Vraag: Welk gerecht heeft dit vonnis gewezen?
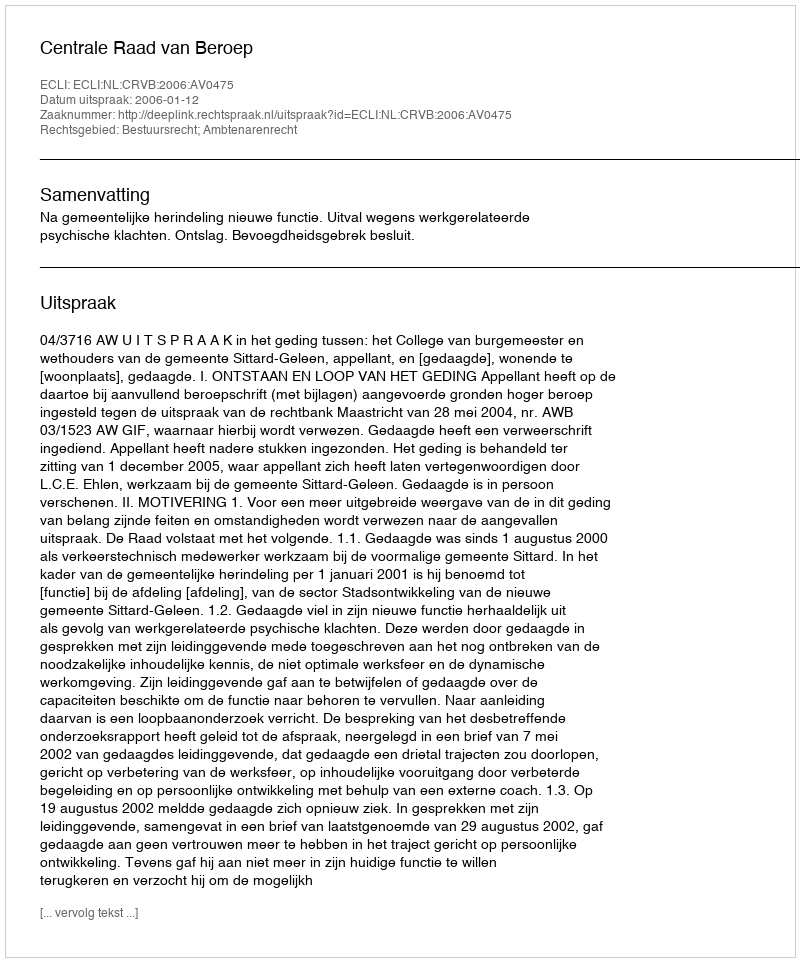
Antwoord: Centrale Raad van Beroep